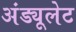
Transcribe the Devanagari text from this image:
अंड्यूलेट